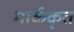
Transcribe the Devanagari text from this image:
मार्ककृत